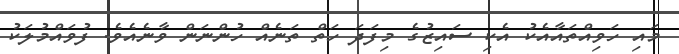
މައި ހަވިއްތައާއެކު އެކި ސައިޒުގެ މިފަދަ ހަތް ތަނެއް ހުންނަން ވާނެއެވެ. ފުވައްމުލަކު